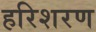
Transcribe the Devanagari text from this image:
हरिशरण